Investigations on Bengal jail dietaries - Number 37
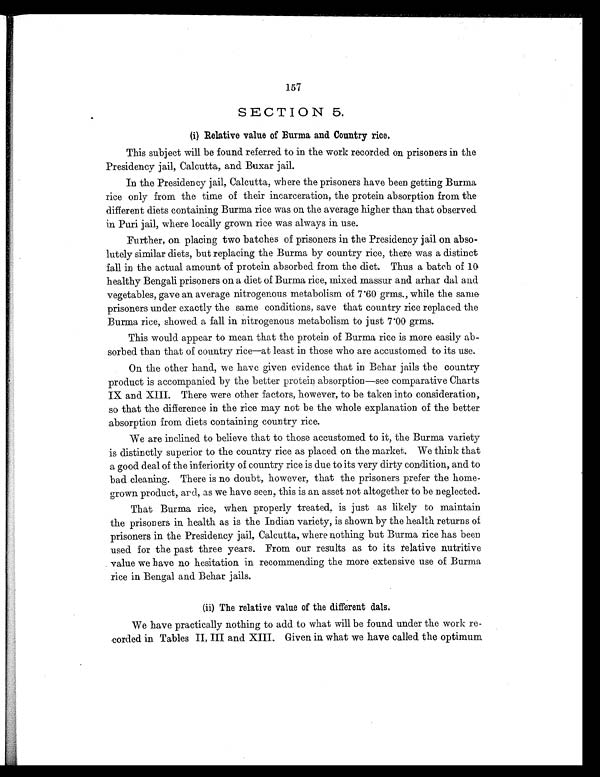
157
SECTION 5.
(i) Relative value of Burma and Country rice.
This subject will be found referred to in the work recorded on prisoners in the
Presidency jail, Calcutta, and Buxar jail.
In the Presidency jail, Calcutta, where the prisoners have been getting Burma
rice only from the time of their incarceration, the protein absorption from the
different diets containing Burma rice was on the average higher than that observed
in Puri jail, where locally grown rice was always in use.
Further, on placing two batches of prisoners in the Presidency jail on abso-
lutely similar diets, but replacing the Burma by country rice, there was a distinct
fall in the actual amount of protein absorbed from the diet. Thus a batch of 10
healthy Bengali prisoners on a diet of Burma rice, mixed massur and arhar dal and
vegetables, gave an average nitrogenous metabolism of 7.60 grms., while the same
prisoners under exactly the same conditions, save that country rice replaced the
Burma rice, showed a fall in nitrogenous metabolism to just 7.00 grms.
This would appear to mean that the protein of Burma rice is more easily ab-
sorbed than that of country rice—at least in those who are accustomed to its use.
On the other hand, we have given evidence that in Behar jails the country
product is accompanied by the better protein absorption—see comparative Charts
IX and XIII. There were other factors, however, to be taken into consideration,
so that the difference in the rice may not be the whole explanation of the better
absorption from diets containing country rice.
We are inclined to believe that to those accustomed to it, the Burma variety
is distinctly superior to the country rice as placed on the market. We think that
a good. deal of the inferiority of country rice is due to its very dirty condition, and to
bad cleaning. There is no doubt, however, that the prisoners prefer the home-
grown product, ard, as we have seen, this is an asset not altogether to be neglected.
That Burma rice, when properly treated, is just as likely to maintain
the prisoners in health as is the Indian variety, is shown by the health returns of
prisoners in the Presidency jail, Calcutta, where nothing but Burma rice has been
used for the past three years. From our results as to its relative nutritive
value we have no hesitation in recommending the more extensive use of Burma
rice in Bengal and Behar jails.
(ii) The relative value of the different dal s.
We have practically nothing to add to what will be found under the work re-
corded in Tables II, III and XIII. Given in what we have called the optimum.